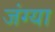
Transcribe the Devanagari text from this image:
जंग्या